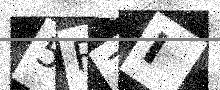
Text: 5R7I